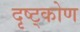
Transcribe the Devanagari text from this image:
दृष्ट्कोण